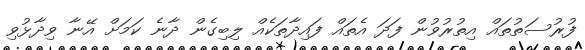
ފުރުސަތުތައް އިތުރުވުން ފަދަ އެތައް ފައިދާތަކެއް ލިބިގެން ދާނެ ކަމަށް އޭނާ ވިދާޅުވި